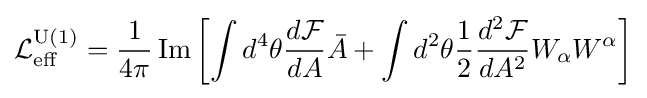
{\mathcal {L}}_{\text{eff}}^{\mathrm {U} (1)}={\frac {1}{4\pi }}\operatorname {Im} \left[\int d^{4}\theta {\frac {d{\mathcal {F}}}{dA}}{\bar {A}}+\int d^{2}\theta {\frac {1}{2}}{\frac {d^{2}{\mathcal {F}}}{dA^{2}}}W_{\alpha }W^{\alpha }\right]